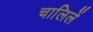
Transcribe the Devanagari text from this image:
चालिलें